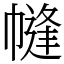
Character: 㡝